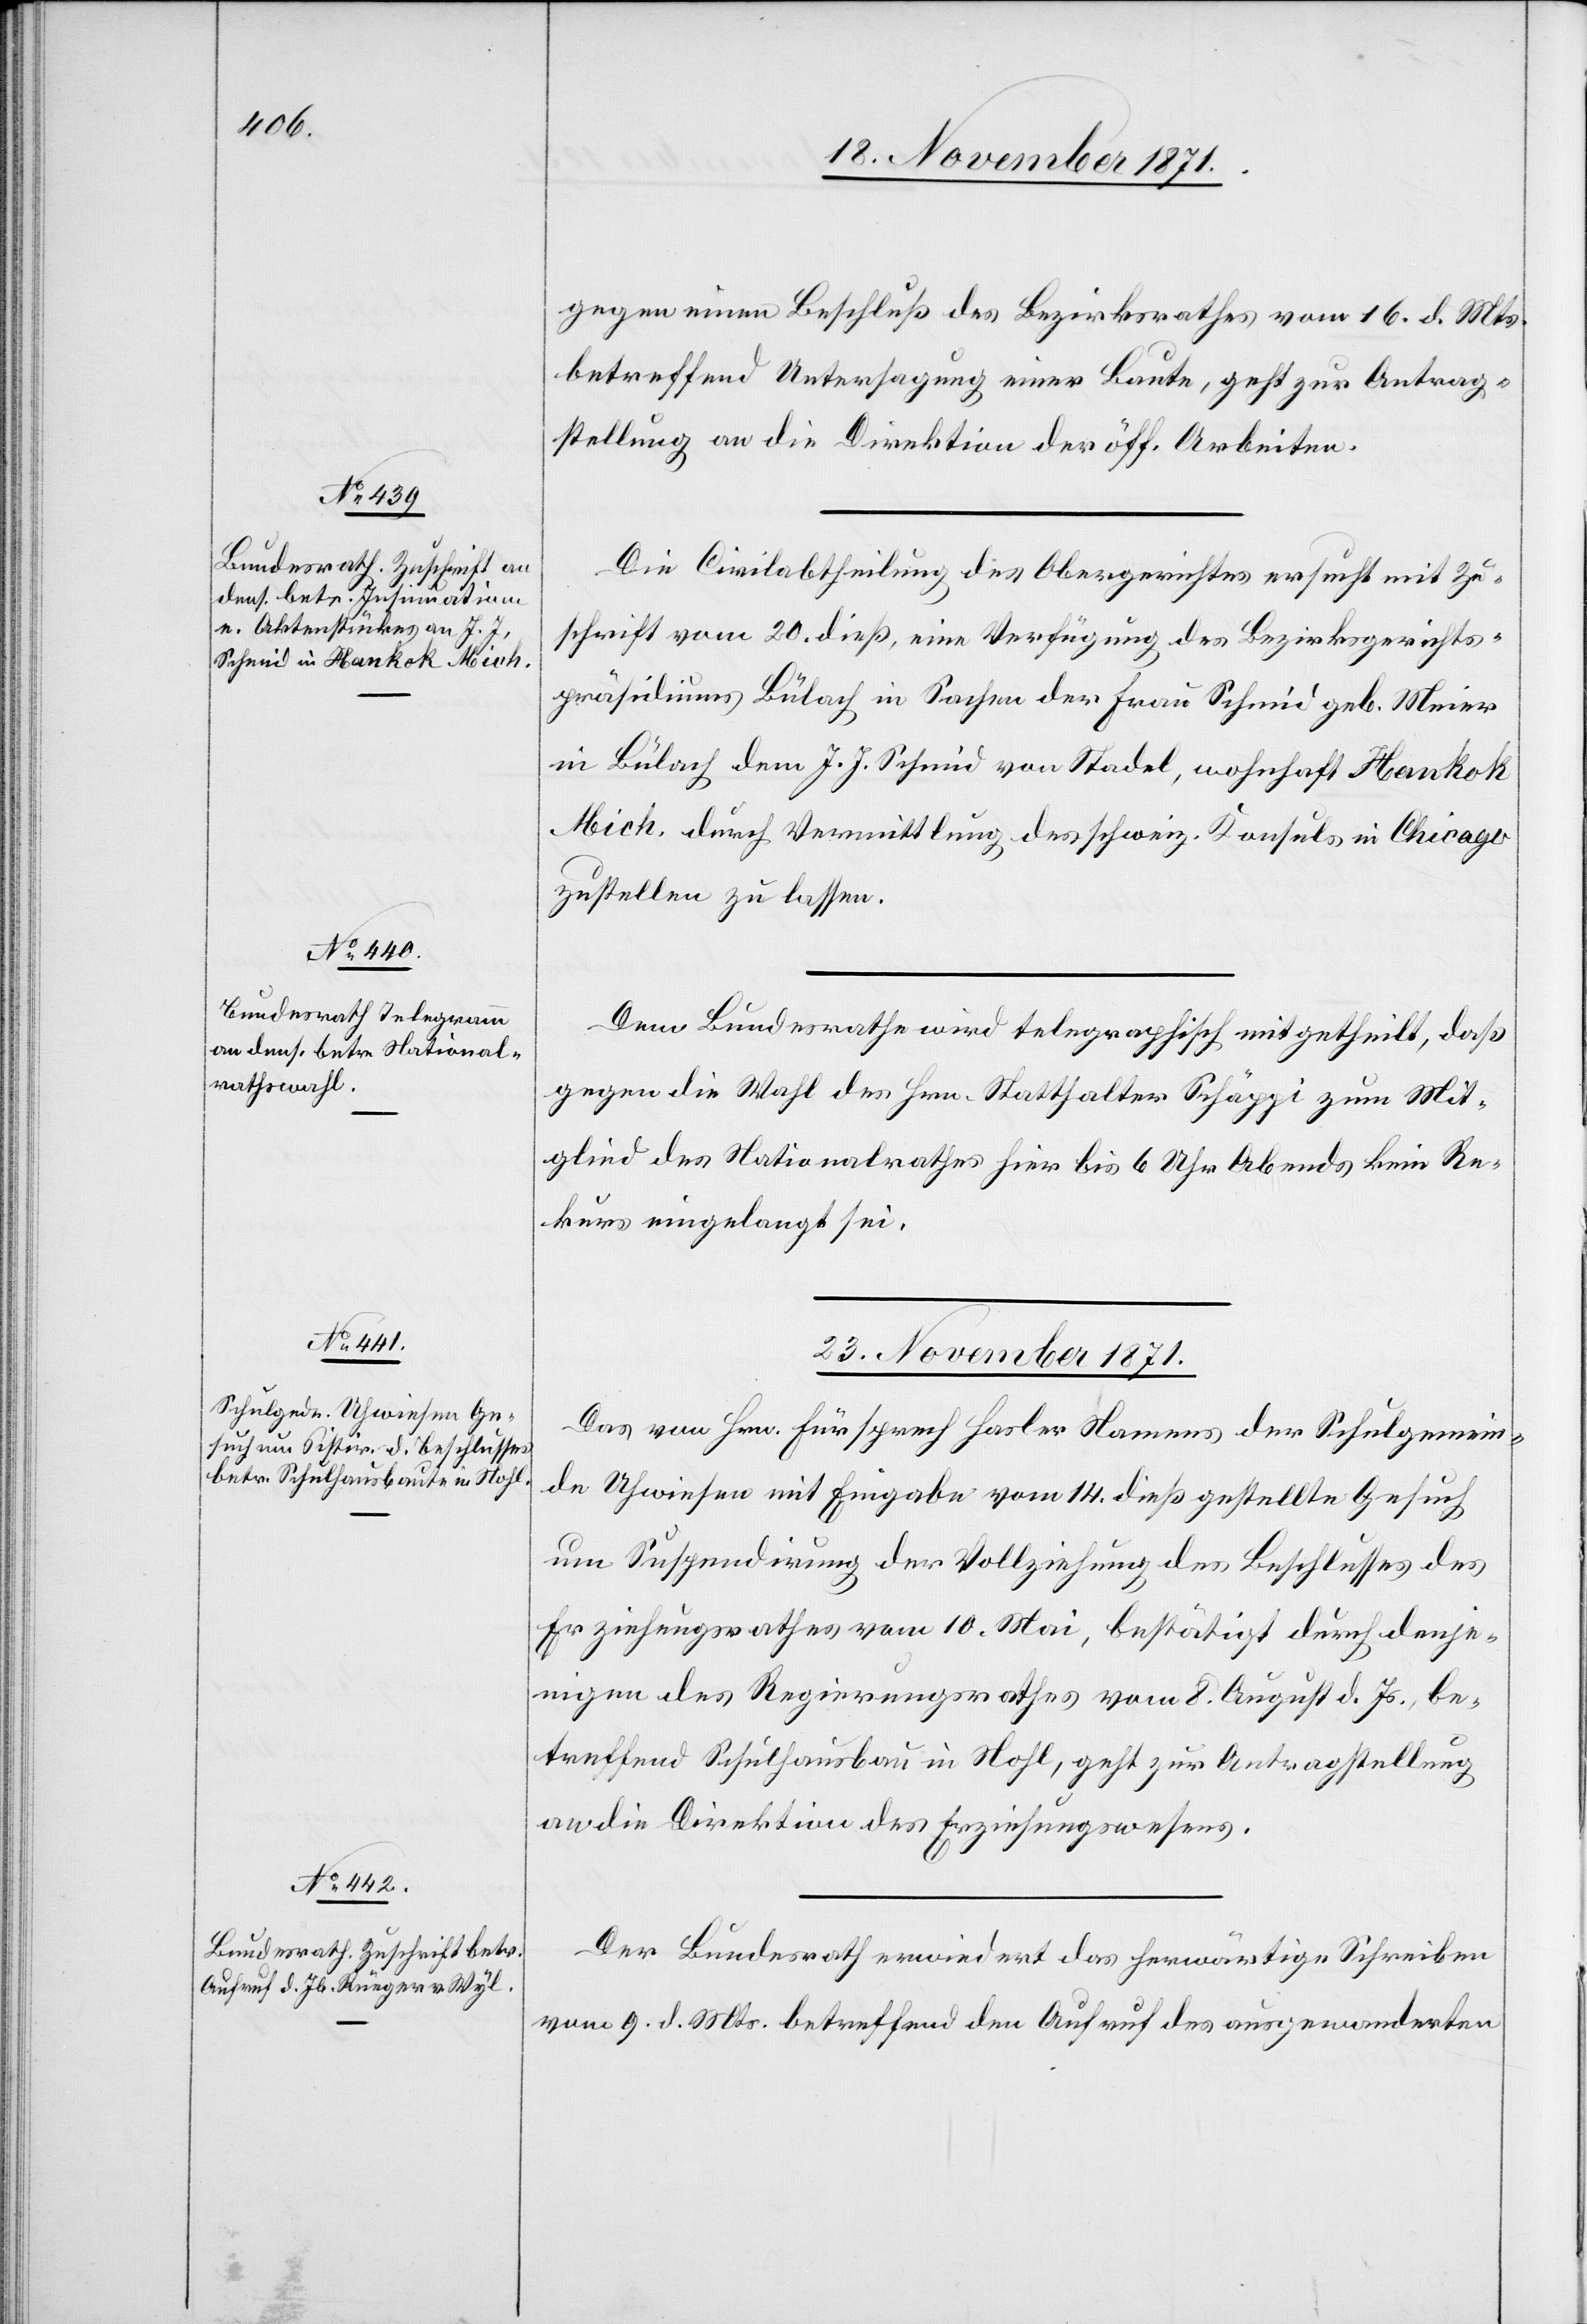
22. November 1871.]
gegen einen Beschluß des Bezirksrathes vom 16. d. Mts.
betreffend Untersagung einer Baute, geht zur Antrag¬
stellung an die Direktion der öff. Arbeiten.
Die Civilabtheilung des Obergerichtes ersucht mit Zu¬
schrift vom 20. dieß, eine Verfügung des Bezirksgerichts¬
präsidiums Bülach in Sachen der Frau Schmid geb. Meier
in Bülach dem J. J. Schmid von Stadel, wohnhaft Hankok
Mich. durch Vermittlung des schweiz. Konsuls in Chicago
zustellen zu lassen.
Dem Bundesrath wird telegraphisch mitgetheilt, daß
gegen die Wahl des Hrn. Statthalter Schäppi zum Mit¬
glied des Nationalrathes hier bis 6 Uhr Abends kein Re¬
kurs eingelangt sei.
23. November 1871.]
Das von Hrn. Fürsprech Hasler Namens der Schulgemein¬
de Uhwiesen mit Eingabe vom 14. dieß gestellte Gesuch
um Suspendirung der Vollziehung des Beschlusses des
Erziehungsrathes vom 10. Mai, bestätigt durch dasje¬
nige des Regierungsrathes vom 8. August d. Js., be¬
treffend Schulhausbau in Nohl, geht zur Antragstellung
an die Direktion des Erziehungswesens.
Der Bundesrath erwiedert das herwärtige Schreiben
vom 9. d. Mts. betreffend den Aufruf des ausgewanderten